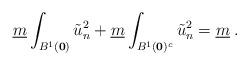
LaTeX: \begin{align*}\underline{m} \int_{B^1(\mathbf{0})} \tilde{u}_n^2 + \underline{m} \int_{B^1(\mathbf{0})^c} \tilde{u}_n^2 = \underline{m} \; .\end{align*}